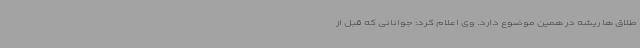
طلاق ها ریشه در همین موضوع دارد. وی اعلام کرد: جوانانی که قبل از